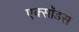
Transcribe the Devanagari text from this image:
एक्सॉडस